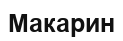
Макарин